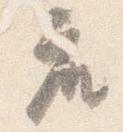
座